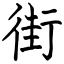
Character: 街